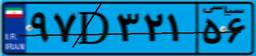
۹۷D۳۲۱۵۶